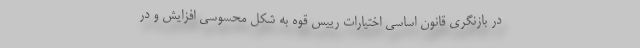
در بازنگری قانون اساسی اختیارات رییس قوه به شکل محسوسی افزایش و در